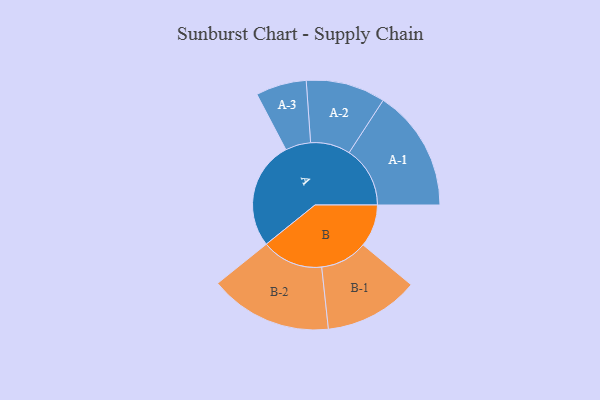
{"axis": {"x": "Segment", "y": "Value"}, "legend": ["", "A", "B"], "data": [{"x": "A", "y": 474, "type": ""}, {"x": "B", "y": 186, "type": ""}, {"x": "A-1", "y": 267, "type": "A"}, {"x": "A-2", "y": 174, "type": "A"}, {"x": "A-3", "y": 111, "type": "A"}, {"x": "B-1", "y": 207, "type": "B"}, {"x": "B-2", "y": 269, "type": "B"}]}